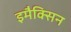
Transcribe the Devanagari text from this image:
इमैक्सिन